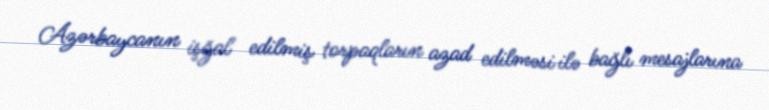
Azərbaycanın işğal edilmiş torpaqların azad edilməsi ilə bağlı mesajlarına